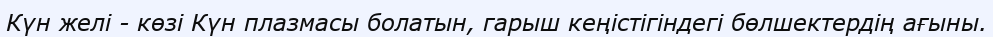
Күн желі - көзі Күн плазмасы болатын, гарыш кеңістігіндегі бөлшектердің ағыны.